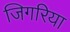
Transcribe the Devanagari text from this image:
जिगरिया